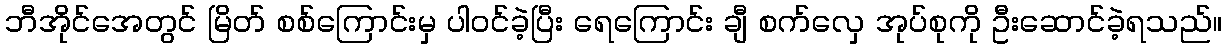
ဘီအိုင်အေတွင် မြိတ် စစ်ကြောင်းမှ ပါဝင်ခဲ့ပြီး ရေကြောင်း ချီ စက်လှေ အုပ်စုကို ဦးဆောင်ခဲ့ရသည်။